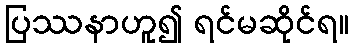
ပြဿနာဟူ၍ ရင်မဆိုင်ရ။